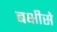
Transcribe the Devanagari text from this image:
बक्षीसे